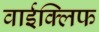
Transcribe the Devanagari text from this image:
वाईक्लिफ